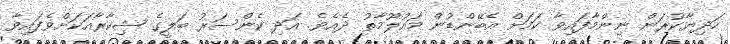
ހަދިޔާކުރަން ނިންމާފައިވާ ކަމަށް އެބޭންޑުން މައުލޫމާތު ދެއެވެ. އަދި ކެންސަރު ބަލީގެ ޝިކާރާއަކަށްވެފައިވާ